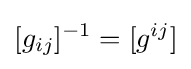
[g_{ij}]^{-1}=[g^{ij}]